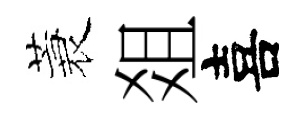
蓑爼喜